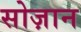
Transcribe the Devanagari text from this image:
सोज़ान